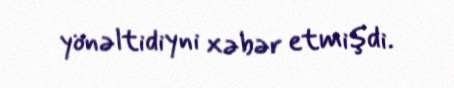
yönəltidiyni xəbər etmişdi.